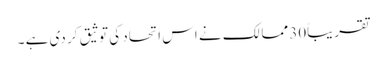
تقریباً30 ممالک نے اس اتحاد کی توثیق کر دی ہے ۔